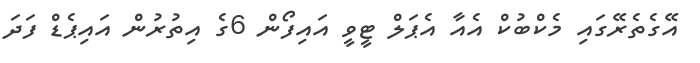
އޭގެތެރޭގައި މެކްބުކް އެއާ އެޕަލް ޓީވީ އައިފޯން 6ގެ އިތުރުން އައިޕެޑް ފަދަ